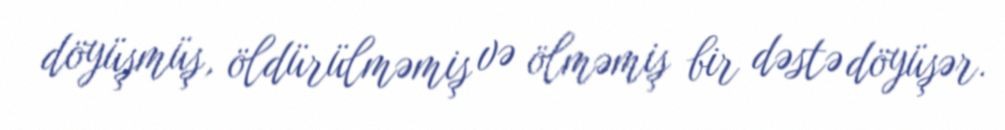
döyüşmüş, öldürülməmiş və ölməmiş bir dəstə döyüşər.